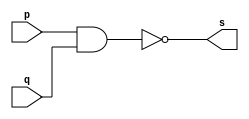
// ---------
// Exemplo0006 - NAND
// Nome:Felipe Pacfico
// -----------------
// -----------------
// -- NAND gate
module nandgate(output s, input p, input q);
assign s = ~(p&q);
endmodule // nandgate
// ------------
// -- test NAND gate
// ------------
module testenandgate;
// ----------------------- dados locais
reg a,b; //definir registrador
			//(variavel independente)
wire s;  //definir conexao(fio)
			//(variavel dependente)
// --------------- instancia
nandgate NAND1 (s,a,b);
// --------------- preparacao
initial begin: start
a=0;
b=0;
end
// -------------- parte principal
initial begin
$display("Exemplo0006 - Felipe Pacfico - 389868");
$display("Test AND gate");
$display("\n ~(a&b) = s\n");
a=0; b=0;
#1 $display("%b ~& %b = %b",a,b,s);
a=0; b=1;
#1 $display("%b ~& %b = %b",a,b,s);
a=1; b=0;
#1 $display("%b ~& %b = %b",a,b,s);
a=1; b=1;
#1 $display("%b ~& %b = %b",a,b,s); 			
end
endmodule // testnandgate